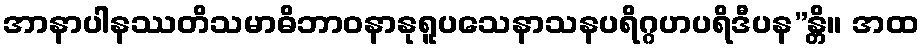
အာနာပါနဿတိသမာဓိဘာဝနာနုရူပသေနာသနပရိဂ္ဂဟပရိဒီပန”န္တိ။ အထ